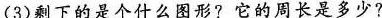
(3)剩下的是个什么图形?它的周长是多少?